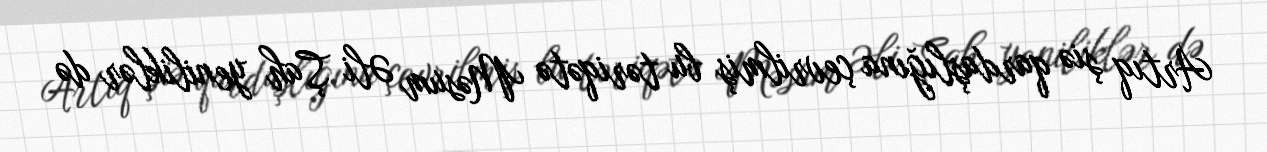
Artıq şiə qardaşlığına çevrilmiş bu təriqətə Məsum Əli Şah yeniliklər də